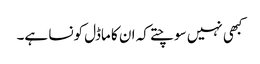
کبھی نہیں سوچتے کہ ان کا ماڈل کونسا ہے۔